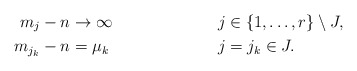
\begin{align*}m_j - n & \to \infty && j \in \{1, \ldots, r\} \setminus J, \\m_{j_k} - n &= \mu_k && j = j_k \in J. \end{align*}